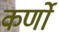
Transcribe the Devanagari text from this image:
कर्णो